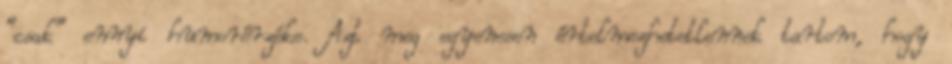
“csak” ennyi humorérzéke. Azt meg egyenesen értelmezhetetlennek tartom, hogy